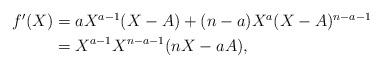
LaTeX: \begin{align*}\begin{aligned} f'(X) &= aX^{a-1}(X-A) + (n-a)X^a(X-A)^{n-a -1}\\&= X^{a-1}X^{n-a-1}(nX - aA), \end{aligned}\end{align*}